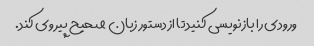
ورودی را بازنویسی کنید تا از دستور زبان صحیح پیروی کند.